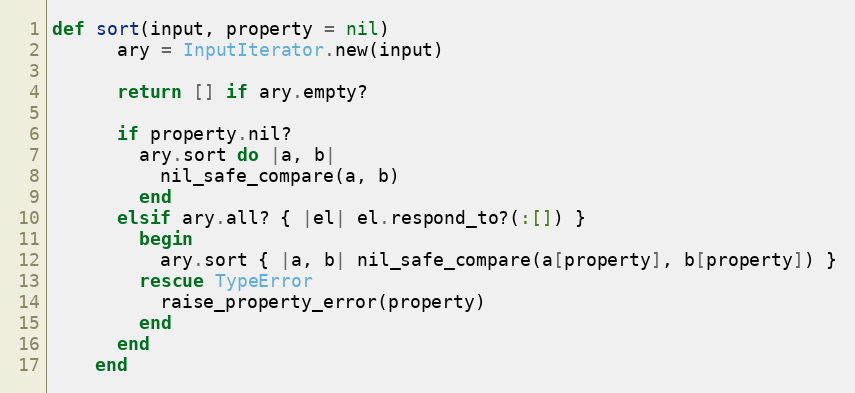
Language: Ruby
def sort(input, property = nil)
      ary = InputIterator.new(input)

      return [] if ary.empty?

      if property.nil?
        ary.sort do |a, b|
          nil_safe_compare(a, b)
        end
      elsif ary.all? { |el| el.respond_to?(:[]) }
        begin
          ary.sort { |a, b| nil_safe_compare(a[property], b[property]) }
        rescue TypeError
          raise_property_error(property)
        end
      end
    end